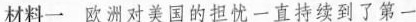
材料一 欧洲对美国的担忧一直持续到了第一